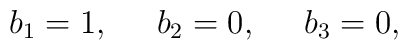
b_{1}=1,\;\;\;\;\;b_{2}=0,\;\;\;\;\;b_{3}=0,